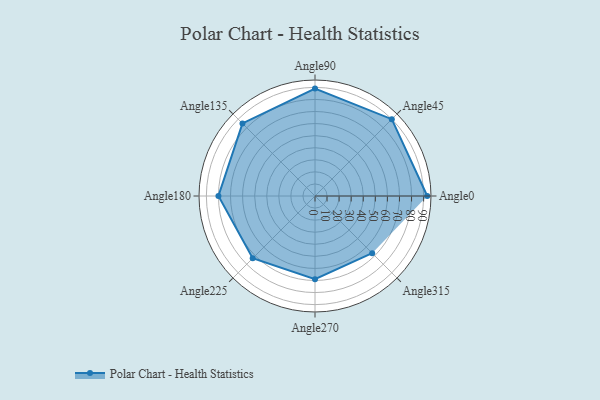
{"axis": {"x": "Angle", "y": "Radius"}, "legend": [""], "data": [{"x": "Angle0", "y": 93.0, "type": ""}, {"x": "Angle45", "y": 90.0, "type": ""}, {"x": "Angle90", "y": 89.0, "type": ""}, {"x": "Angle135", "y": 85.0, "type": ""}, {"x": "Angle180", "y": 80.0, "type": ""}, {"x": "Angle225", "y": 73.0, "type": ""}, {"x": "Angle270", "y": 69.0, "type": ""}, {"x": "Angle315", "y": 67.0, "type": ""}]}